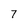
Character: 7